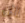
الآن